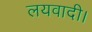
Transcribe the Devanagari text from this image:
लयवादी।